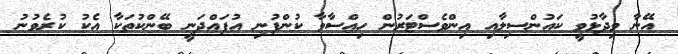
އޭނާ ވިދާޅުވީ ކައުންސިލާއި އިންވެސްޓަރުން ހިއްސާވާ ކުންފުނި އުފައްދަނީ ބޭންކުތަކާ އެކު ކުރެވުނު